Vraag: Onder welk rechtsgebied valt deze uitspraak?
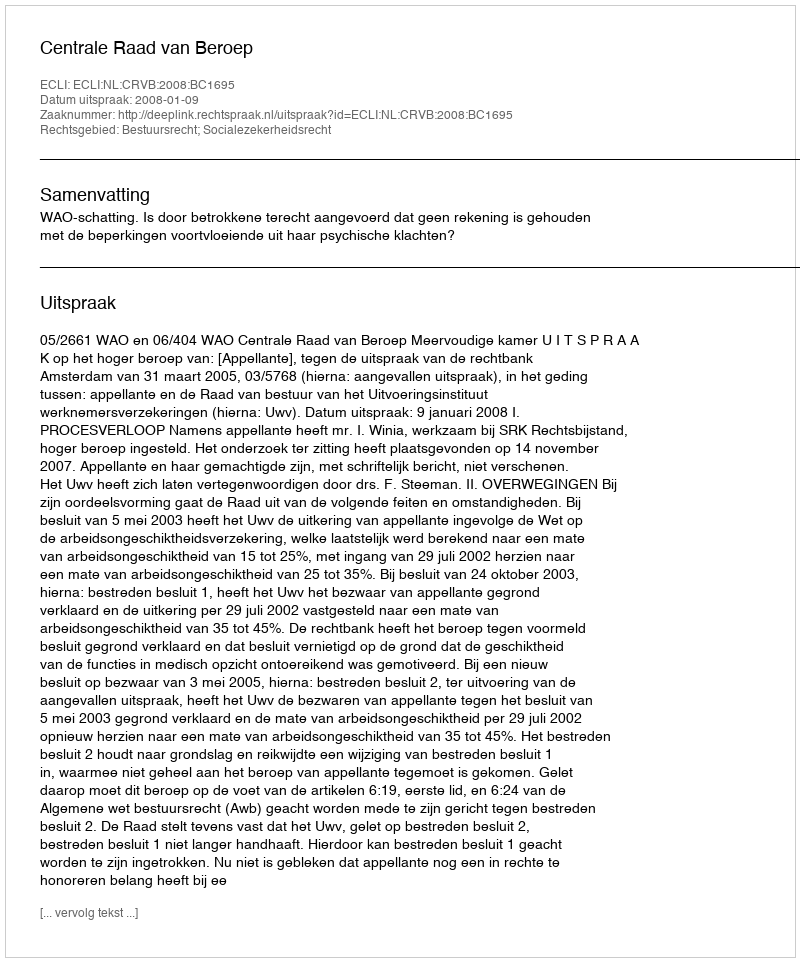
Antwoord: Bestuursrecht; Socialezekerheidsrecht